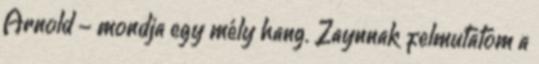
Arnold - mondja egy mély hang. Zaynnak felmutatom a